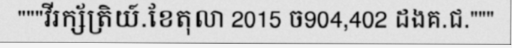
"""វីរក្ស័ត្រិយ៍.ខែតុលា 2015 ច904,402 ដងគ.ជ."""